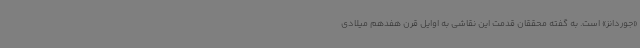
«جوردانز» است. به گفته محققان قدمت این نقاشی به اوایل قرن هفدهم میلادی